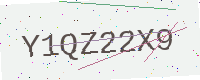
Text: Y1QZ22X9